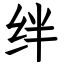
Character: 绊